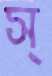
স্